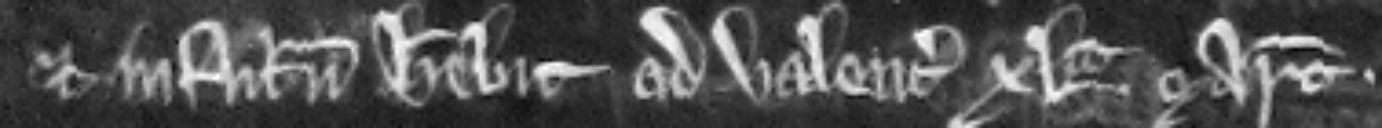
et in futurum habebit ad valenciam xl marcarum.